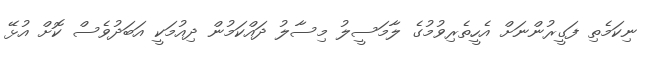
ނިކަމެތި ފަގީރުންނަށް އެހީތެރިވުމުގެ ލާމަސީލު މިސާލު ދައްކަމުން ދިއުމަކީ އަބަދުވެސް ކޮށް އުޅޭ